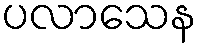
ပလာသေန